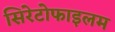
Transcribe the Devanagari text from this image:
सिरेटोफाइलम